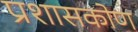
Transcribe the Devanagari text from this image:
प्रशासकोण